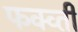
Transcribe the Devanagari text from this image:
फक्व्ती